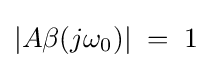
|A\beta (j\omega _{0})|\;=\;1